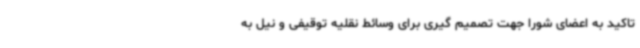
تاکید به اعضای شورا جهت تصمیم گیری برای وسائط نقلیه توقیفی و نیل به